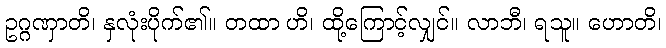
ဥဂ္ဂဏှာတိ၊ နှလုံးပိုက်၏။ တထာ ဟိ၊ ထို့ကြောင့်လျှင်။ လာဘီ၊ ရသူ။ ဟောတိ၊